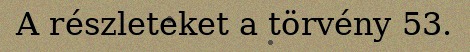
A részleteket a törvény 53.